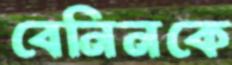
বেনিনকে